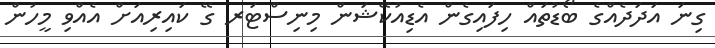
ގިނަ އަދަދެއްގެ ބޯޑުތައް ހިފައިގެން އެޑިއުކޭޝަން މިނިސްޓަރ ގޭ ކައިރިއަށް އެއްވި މީހުން